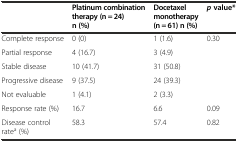
|  | Platinum combination therapy (n = 24) n (%) | Docetaxel monotherapy (n = 61) n (%) | pvalue* |
 | --- | --- | --- | --- |
 | Complete response | 0 (0) | 1 (1.6) | 0.30 |
 | Partial response | 4 (16.7) | 3 (4.9) |  |
 | Stable disease | 10 (41.7) | 31 (50.8) |  |
 | Progressive disease | 9 (37.5) | 24 (39.3) |  |
 | Not evaluable | 1 (4.1) | 2 (3.3) |  |
 | Response rate (%) | 16.7 | 6.6 | 0.09 |
 | Disease control ratea (%) | 58.3 | 57.4 | 0.82 |